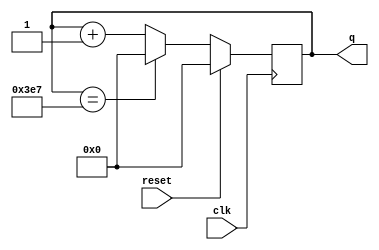
module top_module (
    input clk,
    input reset,
    output reg [9:0] q);
    always @(posedge clk ) begin
        if (reset) begin
            q<=10'd0;
        end
        else if (q==10'd999) begin
            q<=10'd0;
        end
        else begin
            q<=q+1'b1;
        end
    end
endmodule